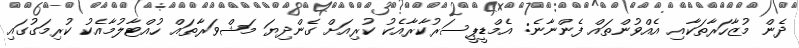
ދެން މުޒާހަރާތަކާއި އެއްވުންތައް ފެންނާނެ: އެމްޑީޕީސަރުކާރާއެކު ކުރިއަށް ގެންދިޔަ މަޝްވަރާތައް ހުއްޓާލުމާއެކު ކުރިމަގުގައި